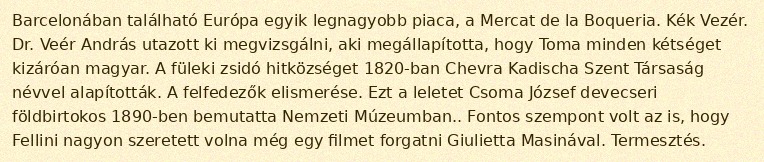
Barcelonában található Európa egyik legnagyobb piaca, a Mercat de la Boqueria. Kék Vezér. Dr. Veér András utazott ki megvizsgálni, aki megállapította, hogy Toma minden kétséget kizáróan magyar. A füleki zsidó hitközséget 1820-ban Chevra Kadischa Szent Társaság névvel alapították. A felfedezők elismerése. Ezt a leletet Csoma József devecseri földbirtokos 1890-ben bemutatta Nemzeti Múzeumban.. Fontos szempont volt az is, hogy Fellini nagyon szeretett volna még egy filmet forgatni Giulietta Masinával. Termesztés.